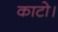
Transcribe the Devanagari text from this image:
काटो।